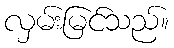
လှမ်းမြင်သည်။